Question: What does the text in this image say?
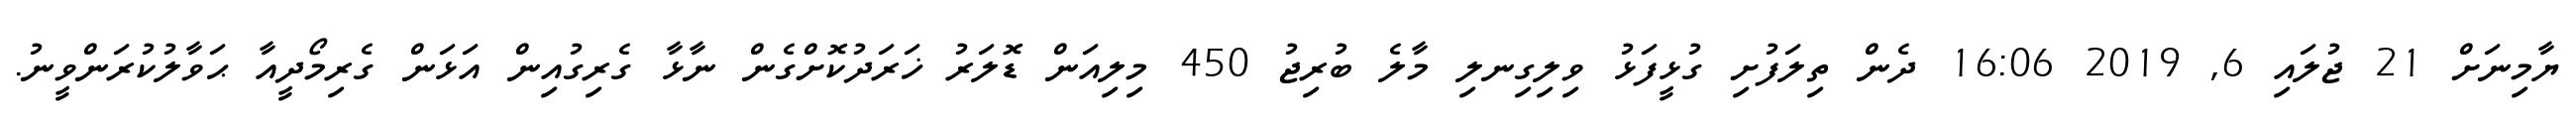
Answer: ޔާމިނަށް 21 ޖުލައި 6, 2019 16:06 ދެން ތިލަފުށި ގުޅީފަޅު ވިލިގިނލި މާލެ ބުރިޖު 450 މިލިއަން ޑޮލަރު ޚަރަދުކޮށްގެން ނާޅާ ގެރިގުއިން އަޅަން ގެރިމޯދީއާ ޙަވާލުކުރަންވީނު.